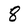
Character: 8